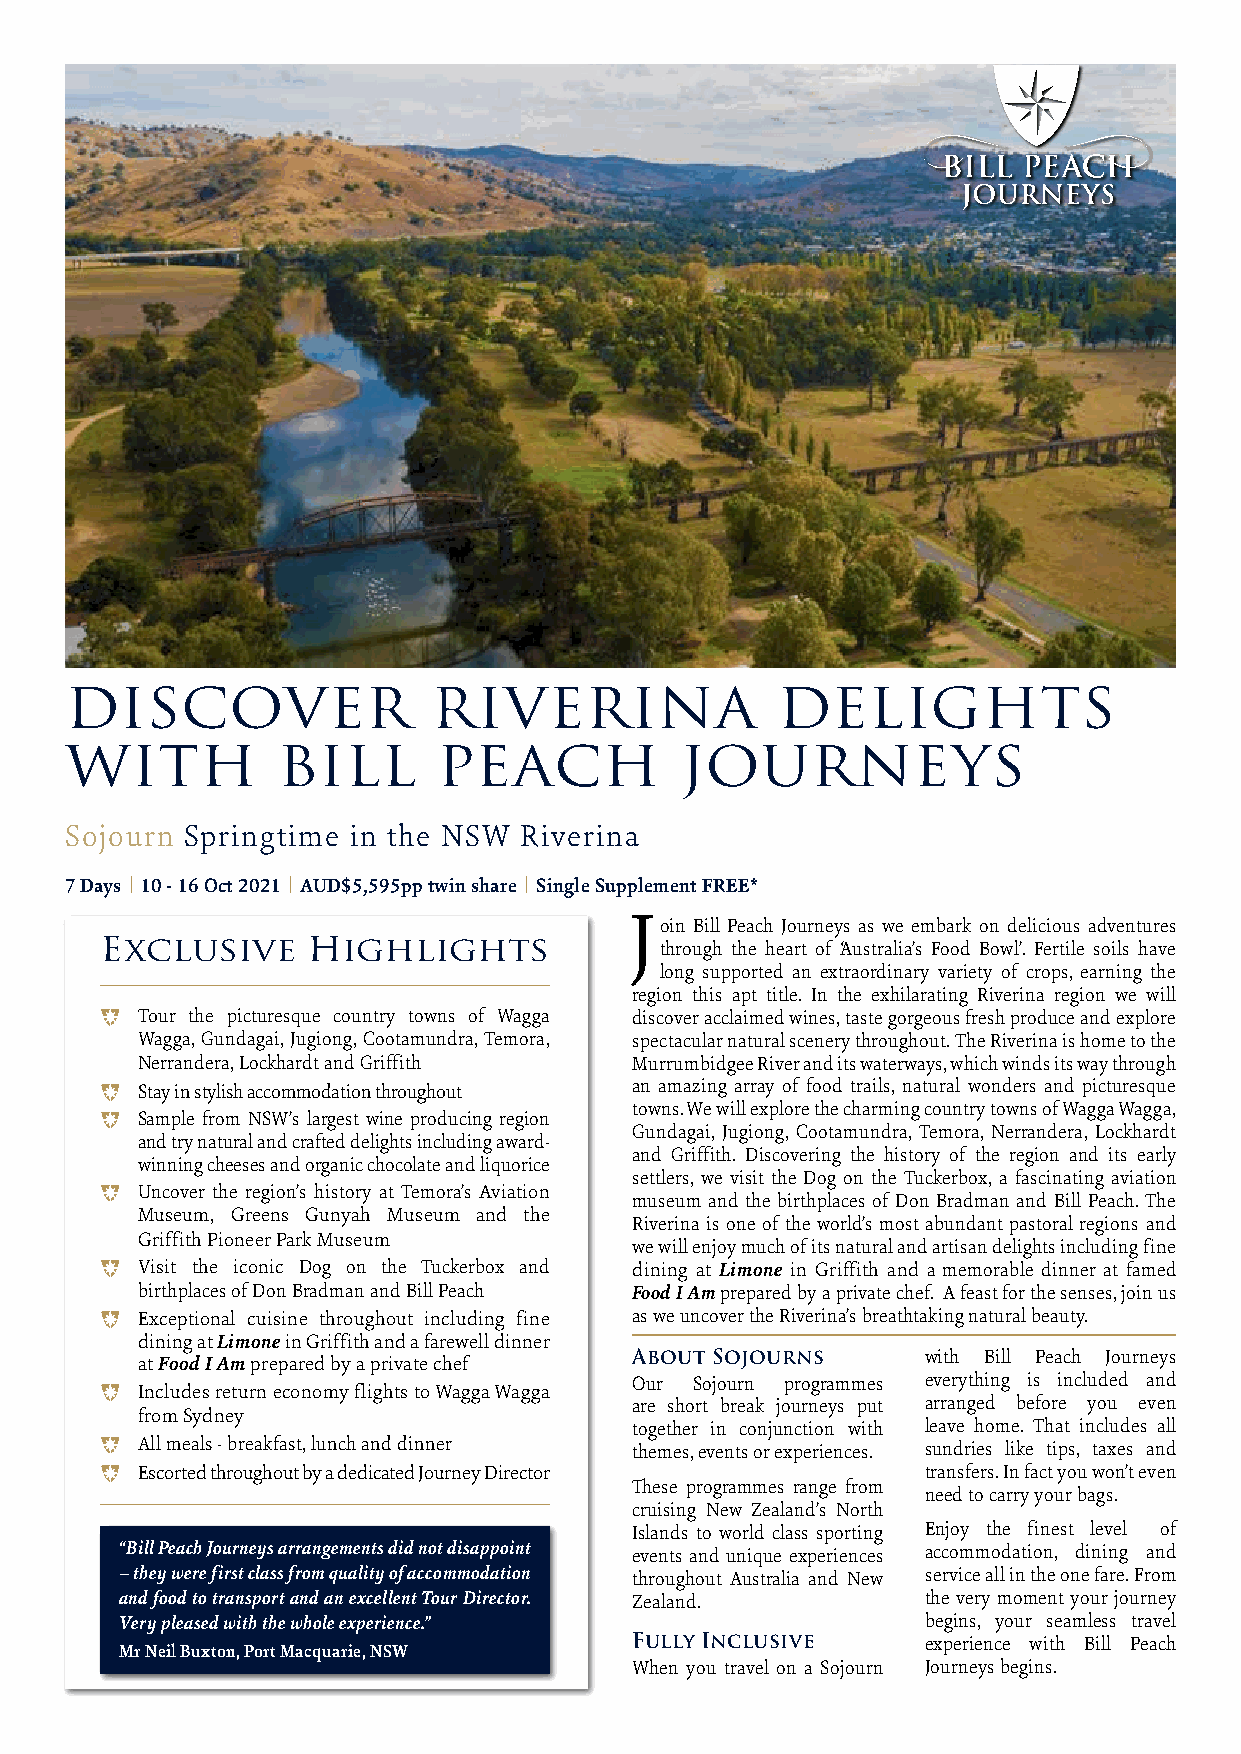
DISCOVER                 RIVERINA              DELIGHTS
 WITH          BILL       PEACH           JOURNEYS
 Sojourn Springtime in the NSW Riverina
 7 Days | 10 - 16 Oct 2021 | AUD$5,595pp twin share | Single Supplement FREE*
 J
 oin Bill Peach Journeys as we embark on delicious adventures
 Exclusive    Highlights              through the heart of ‘Australia’s Food Bowl’. Fertile soils have
 long supported an extraordinary variety of crops, earning the
 region this apt title. In the exhilarating Riverina region we will
 * Tour the picturesque country towns of Wagga discover acclaimed wines, taste gorgeous fresh produce and explore
 Wagga, Gundagai, Jugiong, Cootamundra, Temora, spectacular natural scenery throughout. The Riverina is home to the
 Nerrandera, Lockhardt and Griffith Murrumbidgee River and its waterways, which winds its way through
 * Stay in stylish accommodation throughout an amazing array of food trails, natural wonders and picturesque
 towns. We will explore the charming country towns of Wagga Wagga,
 * Sample from NSW’s largest wine producing region
 Gundagai, Jugiong, Cootamundra, Temora, Nerrandera, Lockhardt
 and try natural and crafted delights including award-
 and Griffith. Discovering the history of the region and its early
 winning cheeses and organic chocolate and liquorice
 settlers, we visit the Dog on the Tuckerbox, a fascinating aviation
 * Uncover the region’s history at Temora’s Aviation
 museum and the birthplaces of Don Bradman and Bill Peach. The
 Museum, Greens Gunyah Museum and the
 Riverina is one of the world’s most abundant pastoral regions and
 Griffith Pioneer Park Museum
 we will enjoy much of its natural and artisan delights including fine
 * Visit the iconic Dog on the Tuckerbox and dining at Limone in Griffith and a memorable dinner at famed
 birthplaces of Don Bradman and Bill Peach Food I Am prepared by a private chef. A feast for the senses, join us
 * Exceptional cuisine throughout including fine as we uncover the Riverina’s breathtaking natural beauty.
 dining at Limone in Griffith and a farewell dinner
 About Sojourns     with Bill Peach Journeys
 at Food I Am prepared by a private chef
 Our Sojourn programmes everything is included and
 * Includes return economy flights to Wagga Wagga
 are short break journeys put arranged before you even
 from Sydney
 together in conjunction with leave home. That includes all
 * All meals - breakfast, lunch and dinner themes, events or experiences. sundries like tips, taxes and
 * Escorted throughout by a dedicated Journey Director transfers. In fact you won’t even
 These programmes range from
 need to carry your bags.
 cruising New Zealand’s North
 Islands to world class sporting Enjoy the finest level of
 “Bill Peach Journeys arrangements did not disappoint events and unique experiences accommodation, dining and
 – they were first class from quality of accommodation throughout Australia and New service all in the one fare. From
 and food to transport and an excellent Tour Director. Zealand. the very moment your journey
 Very pleased with the whole experience.”             begins, your seamless travel
 Fully Inclusive    experience with Bill Peach
 Mr Neil Buxton, Port Macquarie, NSW
 When you travel on a Sojourn Journeys begins.